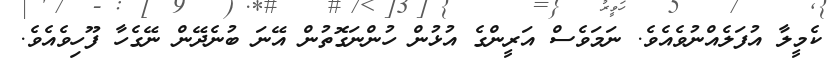
ކެމީލާ އުފަލެއްނުވެއެވެ. ނަމަވެސް އަރީންގެ އުޅުން ހުންނަގޮތުން އޭނަ ބުނެދޭން ނޭގެހާ ފޫހިވެއެވެ.